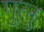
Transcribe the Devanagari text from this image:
गुलु